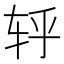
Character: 轷